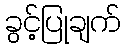
ခွင့်ပြုချက်